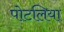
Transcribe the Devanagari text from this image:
पोटलिया